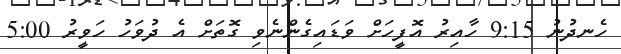
ހެނދުނު 9:15 ހާއިރު އޮފީހަށް ވަޑައިގެންނެވި ގޮތަށް އެ ދުވަހު ހަވީރު 5:00